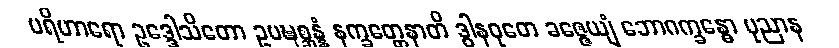
ပရိဟာရော ဥဒ္ဒေါသိတော ဥပဍ္ဎစ္ဆန္နံ နက္ခတ္တေနာတိ ဒွါနဝုတေ ခဇ္ဇေယျံ ဘောဂက္ခန္ဓော ပုညာန